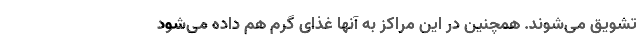
تشویق می‌شوند. همچنین در این مراکز به آنها غذای گرم هم داده می‌شود